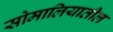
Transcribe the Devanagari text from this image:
सोमालियातील